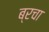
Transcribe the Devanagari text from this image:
ब्रचा